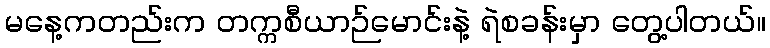
မနေ့ကတည်းက တက္ကစီယာဉ်မောင်းနဲ့ ရဲစခန်းမှာ တွေ့ပါတယ်။